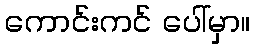
ကောင်းကင် ပေါ်မှာ။